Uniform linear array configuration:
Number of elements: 8
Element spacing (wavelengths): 0.25
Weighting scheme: exponential
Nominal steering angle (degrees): -45
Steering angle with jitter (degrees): -45.237
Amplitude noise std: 0.05
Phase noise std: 0.05

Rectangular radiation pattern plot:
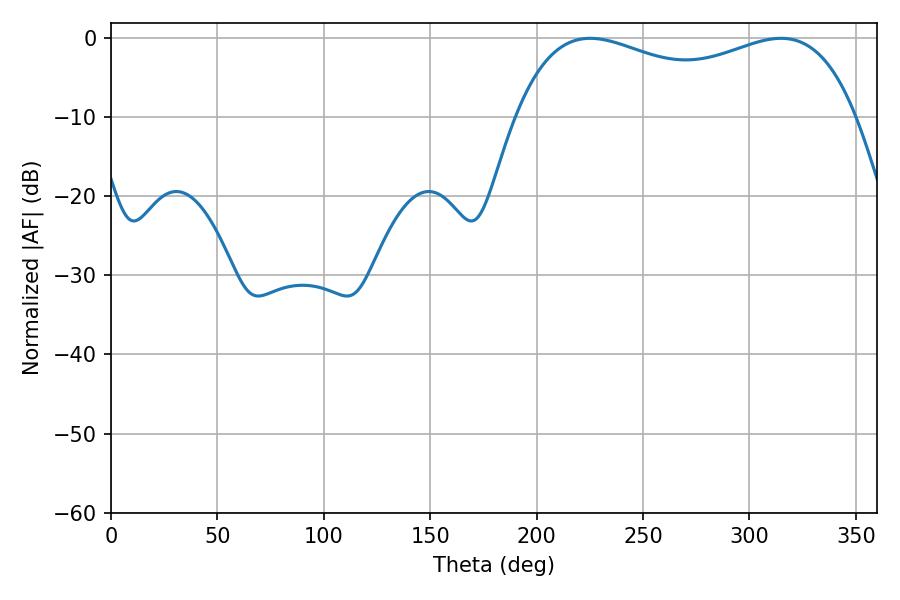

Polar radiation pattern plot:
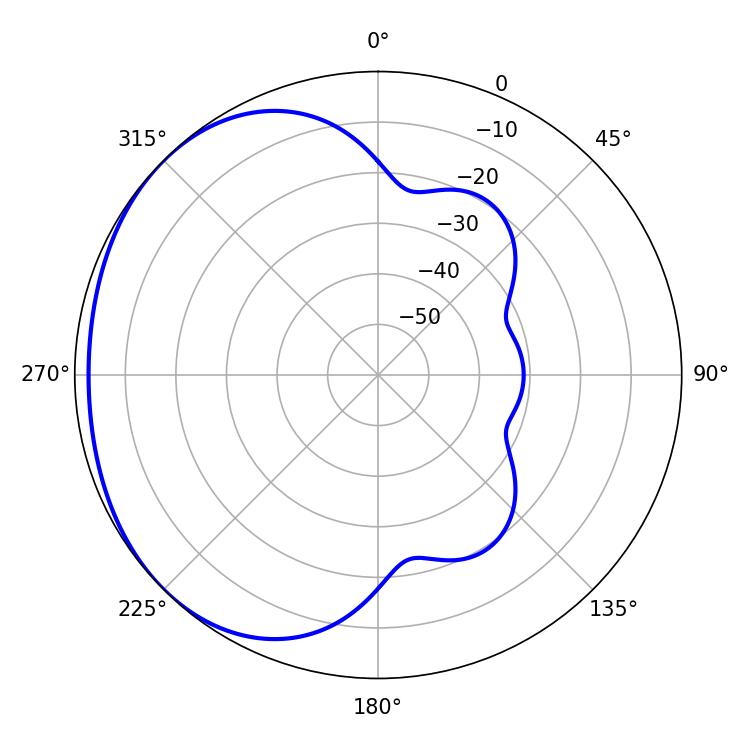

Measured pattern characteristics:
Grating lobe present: FALSE
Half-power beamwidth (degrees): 131.76
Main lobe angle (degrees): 225.18